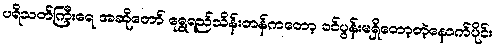
ပရိသတ်ကြီးရေ အဆိုတော် ရွှေရည်သိန်းတန်ကတော့ ခင်ပွန်းမရှိတော့တဲ့နောက်ပိုင်း